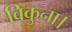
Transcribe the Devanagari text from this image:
विकुना।